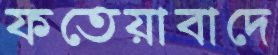
ফতেয়াবাদে